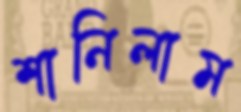
শানিলাম